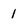
Character: 1